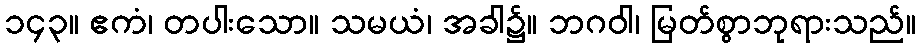
၁၄၃။ ဧကံ၊ တပါးသော။ သမယံ၊ အခါ၌။ ဘဂဝါ၊ မြတ်စွာဘုရားသည်။